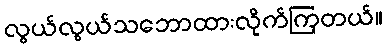
လွယ်လွယ်သဘောထားလိုက်ကြတယ်။